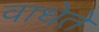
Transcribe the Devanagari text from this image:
वाधेते